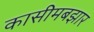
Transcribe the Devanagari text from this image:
कासीमबझार